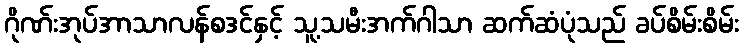
ဂိုဏ်းအုပ်အာသာလန်စဒင်နှင့် သူ့သမီးအက်ဂါသာ ဆက်ဆံပုံသည် ခပ်စိမ်းစိမ်း